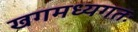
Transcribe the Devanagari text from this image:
खगमध्यगतः